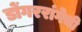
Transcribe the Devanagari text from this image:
डोंगररांगेची